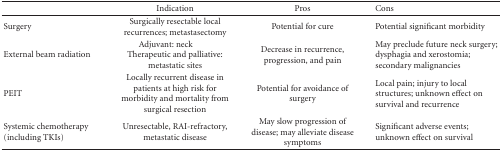
<table><thead><tr><td></td><td><b>Indication</b></td><td><b>Pros</b></td><td><b>Cons</b></td></tr></thead><tbody><tr><td>Surgery</td><td>Surgically resectable local recurrences; metastasectomy</td><td>Potential for cure</td><td>Potential significant morbidity</td></tr><tr><td>External beam radiation</td><td>Adjuvant: neck Therapeutic and palliative: metastatic sites</td><td>Decrease in recurrence, progression, and pain</td><td>May preclude future neck surgery; dysphagia and xerostomia; secondary malignancies</td></tr><tr><td>PEIT</td><td>Locally recurrent disease in patients at high risk for morbidity and mortality from surgical resection</td><td>Potential for avoidance of surgery</td><td>Local pain; injury to local structures; unknown effect on survival and recurrence</td></tr><tr><td>Systemic chemotherapy (including TKIs)</td><td>Unresectable, RAI-refractory, metastatic disease</td><td>May slow progression of disease; may alleviate disease symptoms</td><td>Significant adverse events; unknown effect on survival</td></tr></tbody></table>